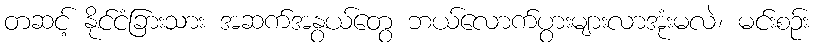
တဆင့် နိုင်ငံခြားသား အဆက်အနွယ်တွေ ဘယ်လောက်ပွားများလာအုံးမလဲ၊ မင်းစဉ်း